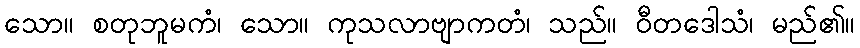
သော။ စတုဘူမကံ၊ သော။ ကုသလာဗျာကတံ၊ သည်။ ဝီတဒေါသံ၊ မည်၏။